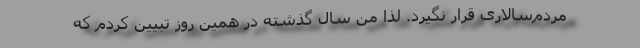
مردم‌سالاری قرار نگیرد. لذا من سال گذشته در همین روز تبیین کردم که